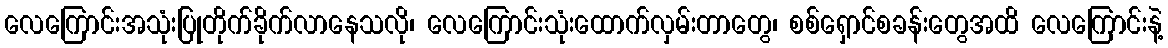
လေကြောင်းအသုံးပြုတိုက်ခိုက်လာနေသလို၊ လေကြောင်းသုံးထောက်လှမ်းတာတွေ၊ စစ်ရှောင်စခန်းတွေအထိ လေကြောင်းနဲ့